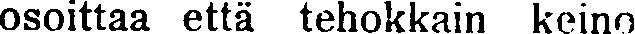
osoittaa että tehokkain keino